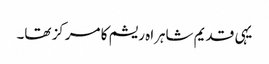
یہی قدیم شاہراہ ریشم کا مرکز تھا۔